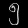
Digit: ၅